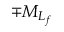
\mp { M } _ { L _ { f } }